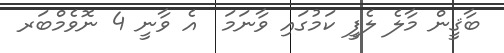
ބާޤީން މާލެ ލެފީ ކަމުގައި ވާނަމަ  އެ ވާނީ 4 ނޮވެމްބަރ